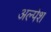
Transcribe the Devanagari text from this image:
अल्पेश